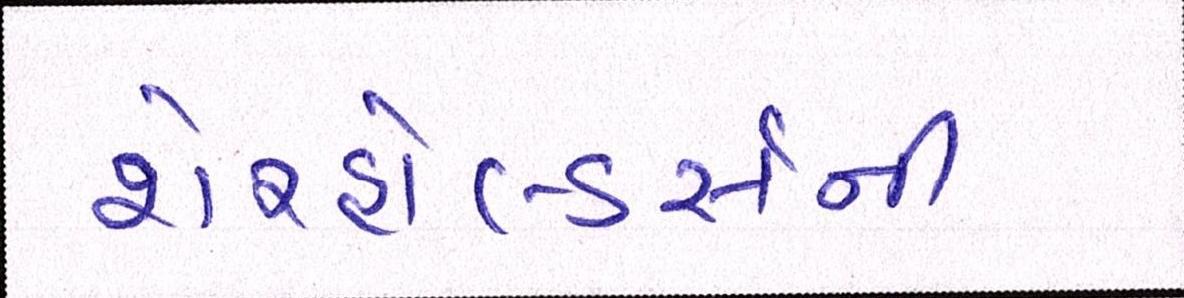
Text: શેરહોલ્ડર્સની